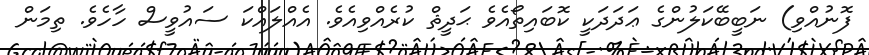
ފޮނުއްވި) ނަބީބޭކަލުންގެ ޢަދަދަކީ ކޮބައިތޯއެވެ ޙަދީޘް ކުރެއްވިއެވެ. އެއްލައްކަ ސައުވީސް ހާހެވެ. ތިމަން